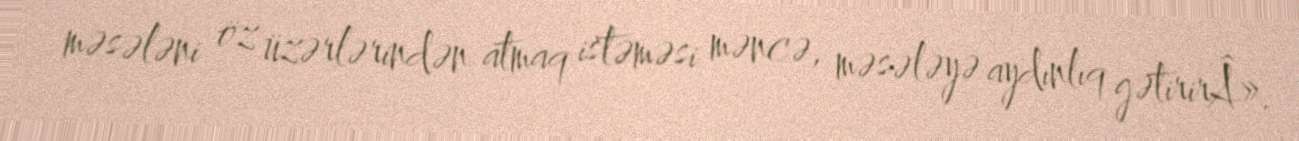
məsələni öz üzərlərindən atmaq istəməsi məncə, məsələyə aydınlıq gətirirÂ».